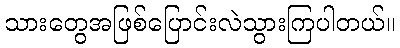
သားတွေအဖြစ်ပြောင်းလဲသွားကြပါတယ်။